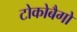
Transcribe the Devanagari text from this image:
टोकोबैगो